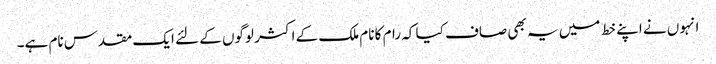
انہوں نے اپنے خط میں یہ بھی صاف کیا کہ رام کا نام ملک کے اکثر لوگوں کے لئے ایک مقدس نام ہے۔